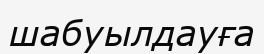
шабуылдауға